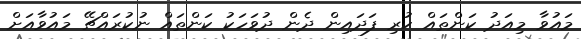
މައުވާ މިއަދު ކަންތައް ކުރި ފަދައިން ދެން ދުވަހަކު ކަންތައް ނުކުރައްޗޭ މައުވާއަށް